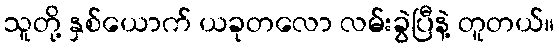
သူတို့ နှစ်ယောက် ယခုတလော လမ်းခွဲပြီနဲ့ တူတယ်။